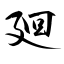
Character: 廻